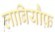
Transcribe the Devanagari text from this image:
लाबियौफ़